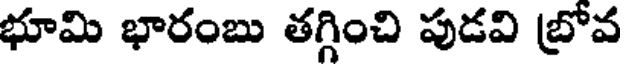
భూమి భారంబు తగ్గించి పుడవి బ్రోవ